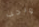
واجب